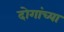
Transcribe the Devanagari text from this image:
दोगांच्या